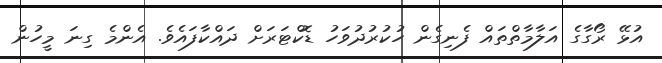
އުޅޭ ރޯގާގެ އަލާމާތްތައް ފެނިގެން ހުކުރުދުވަހު ޑޮކްޓަރަށް ދައްކާފައެވެ. އެންމެ ގިނަ މީހުން